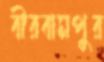
বীরবামপুর